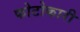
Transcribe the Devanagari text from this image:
फोटोकारी